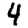
Digit: 4